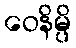
ဝေနိမ္ပိ